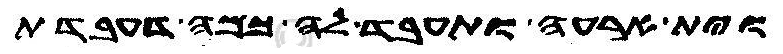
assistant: וית ארעה ותעבד לה כמה דעבדת